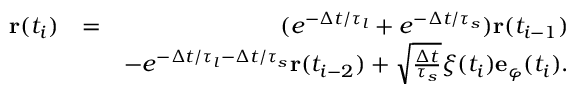
\begin{array} { r l r } { \mathbf { r } ( t _ { i } ) } & { = } & { ( e ^ { - \Delta t / \tau _ { l } } + e ^ { - \Delta t / \tau _ { s } } ) \mathbf { r } ( t _ { i - 1 } ) } \\ & { } & { - e ^ { - \Delta t / \tau _ { l } - \Delta t / \tau _ { s } } \mathbf { r } ( t _ { i - 2 } ) + \sqrt { \frac { \Delta t } { \tau _ { s } } } \xi ( t _ { i } ) \mathbf { e } _ { \varphi } ( t _ { i } ) . } \end{array}